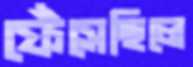
ফেঁসেছিলে